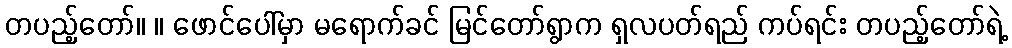
တပည့်တော်။ ။ ဖောင်ပေါ်မှာ မရောက်ခင် မြင်တော်ရွာက ရှလပတ်ရည် ကပ်ရင်း တပည့်တော်ရဲ့